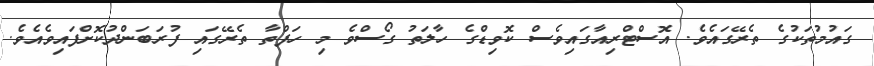
ގައުމުތަކުގެ ތެރޭގައެވެ. އޮސްޓްރިއާގައިވެސް ކޮވިޑްގެ ހާލަތު ގޯސްވެ މި ހަފްތާ ތެރޭގައި ފުރަބަންދުކޮށްފައިވެއެވެ.